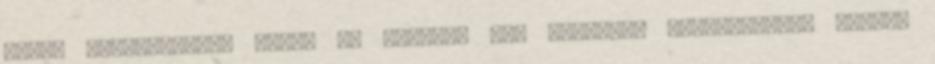
ennél hétköznapibb bajok is vannak. Egy korábban kifejezetten jómódú